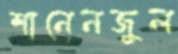
শানেনজুল